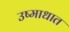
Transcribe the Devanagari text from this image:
उष्माधात